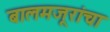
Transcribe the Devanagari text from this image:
बालमजूरांचा